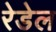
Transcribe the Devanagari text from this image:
रेडेल